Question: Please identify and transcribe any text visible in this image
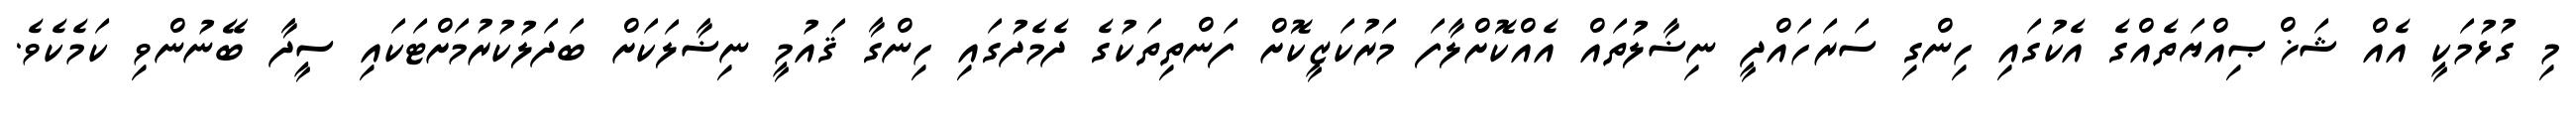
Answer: މި ގުޅުމަކީ އެއް ޝަޚްޞިއްޔަތެއްގެ އެކުގައި ހިންގި ސަރަހައްދީ ނިޟާލުތައް އެއްކޮށްލާފަ މަރުކަޒީކޮށް ފަންތިތަކުގެ ދެމެދުގައި ހިންގާ ޤައުމީ ނިޟާލަކަށް ބަދަލުކުރުމަށްޓަކައި ސީދާ ބޭނުންވި ކަމެކެވެ.